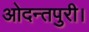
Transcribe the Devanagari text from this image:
ओदन्तपुरी।